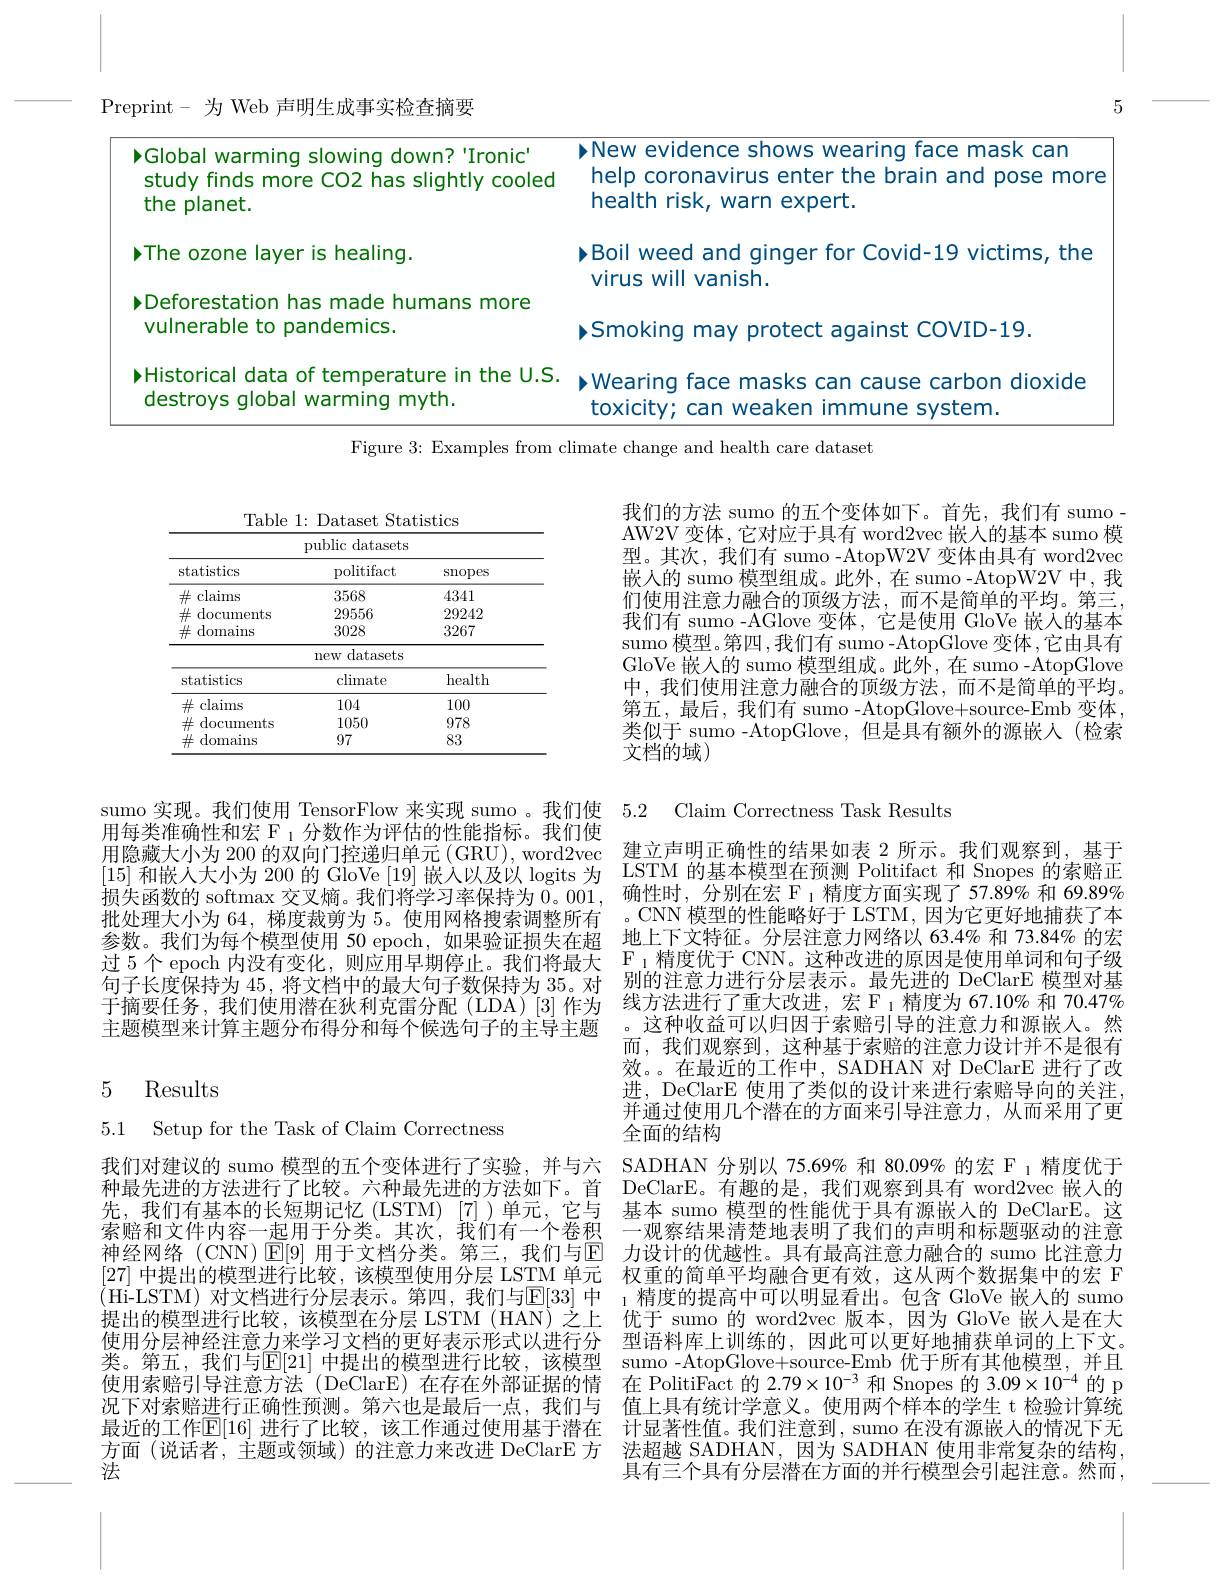
5

Preprint- 为 Web 声明生成事实检查摘要
<table>
	<tbody>
		<tr>
			<td>PGlobal warming slowing down? 'Ironic' study finds more CO2 has slightly cooled the planet.</td>
			<td>PNew evidence shows wearing face mask can help coronavirus enter the brain and pose more health risk, warn expert.</td>
		</tr>
		<tr>
			<td>>The ozone layer is healing.</td>
			<td>P Boil weed and ginger for Covid-19 victims, the virus will vanish</td>
		</tr>
		<tr>
			<td>Deforestation has made humans more vulnerable to pandemics.</td>
			<td>Smoking may protect against COVID-19.</td>
		</tr>
		<tr>
			<td>> Historical data of temperature in the U.S. destroys global warming myth.</td>
			<td>PWearing face masks can cause carbon dioxide toxicitv' can weaken inr mmune svstem</td>
		</tr>
	</tbody>
</table>
Figure 3: Examples from climate change and health care dataset

Table 1: Dataset Statistics
<table>
	<tbody>
		<tr>
			<th colspan="3">public datasets</th>
		</tr>
		<tr>
			<th>statistics</th>
			<th>politifact</th>
			<th>$\operatorname{snopes}$</th>
		</tr>
		<tr>
			<td>claims 井</td>
			<td>3568</td>
			<td>4341</td>
		</tr>
		<tr>
			<td>documents $\#$</td>
			<td>29556</td>
			<td>29242</td>
		</tr>
		<tr>
			<td>井 domains</td>
			<td>3028</td>
			<td>3267</td>
		</tr>
		<tr>
			<td> </td>
			<td>datasets $llew($</td>
			<td> </td>
		</tr>
		<tr>
			<td>statistics</td>
			<td>climate</td>
			<td>health</td>
		</tr>
		<tr>
			<td>claims 井</td>
			<td>104</td>
			<td>100</td>
		</tr>
		<tr>
			<td>$\#$ documents </td>
			<td>1050</td>
			<td>978</td>
		</tr>
		<tr>
			<td>$\#$ domains</td>
			<td>97</td>
			<td>83</td>
		</tr>
	</tbody>
</table>

用每类准确性和宏 F 1 分数作为评估的性能指标。我们使
用隐藏大小为 200 的双向门控递归单元 (GRU), word2vec 建立声明正确性的结果如表 2 所示。我们观察到，基于[15]和嵌人大小为 200 的 GloVe [19] 嵌人以及以 logits 为 LSTM 的基本模型在预测 Politifact 和 Snopes 的索赔正损失函数的 softmax 交叉熵。我们将学习率保持为0。001, 确性时，分别在宏 F $_{1}$精度方面实现了 57.89% 和 69.89% 批处理大小为 64, 梯度裁剪为 5。使用网格搜索调整所有 。CNN 模型的性能略好于 LSTM,因为它更好地捕获了本参数。我们为每个模型使用 50 epoch, 如果验证损失在超 地上下文特征。分层注意力网络以 63.4% 和 73.84% 的宏过 5个 epoch 内没有变化，则应用早期停止。我们将最大
句子长度保持为 45, 将文档中的最大句子数保持为 35。对 别的注意力进行分层表示。最先进的 DeClarE 模型对基
于摘要任务，我们使用潜在狄利克雷分配(LDA)[3]作为主题模型来计算主题分布得分和每个候选句子的主导主题

## 5 Results

5.1 Setup for the Task of Claim Correctness

索赔和文件内容一起用于分类。其次，我们有一个卷积最近的工作$\mathbb{E}[16]$ 进行了比较，该工作通过使用基于潜在方面(说话者，主题或领域)的注意力来改进 DeClarE 方法

我们的方法 sumo 的五个变体如下。首先，我们有 sumo . AW2V 变体，它对应于具有 word2vec 嵌人的基本 sumo 模型。其次，我们有 sumo-AtopW2V 变体由具有 word2vec 嵌入的 sumo 模型组成。此外，在 sumo-AtopW2V 中，我们使用注意力融合的顶级方法，而不是简单的平均。第三， 我们有 sumo -AGlove 变体，它是使用 GloVe 嵌人的基本sumo 模型。第四，我们有 sumo-AtopGlove 变体，它由具有GloVe 嵌人的 sumo 模型组成。此外，在 sumo-AtopGlove 中，我们使用注意力融合的顶级方法，而不是简单的平均。第五，最后，我们有 sumo -AtopGlove+source-Emb 变体， 类似于 sumo -AtopGlove, 但是具有额外的源嵌人 (检索文档的域)

sumo 实现。我们使用 TensorFlow 来实现 sumo 。我们使 5.2 Claim Correctness Task Results

并通过使用几个潜在的方面来引导注意力，从而采用了更
全面的结构

$\mathrm{F}_{1}$精度优于 CNN。这种改进的原因是使用单词和句子级线方法进行了重大改进，宏 F 1 精度为 67.10% 和 70.47% 。这种收益可以归因于索赔引导的注意力和源嵌人。然而，我们观察到，这种基于索赔的注意力设计并不是很有效。。在最近的工作中，SADHAN 对 DeClarE 进行了改进，DeClarE 使用了类似的设计来进行索赔导向的关注
我们对建议的 sumo 模型的五个变体进行了实验，并与六 SADHAN 分别以 75.69% 和 80.09% 的宏 F 1 精度优于种最先进的方法进行了比较。六种最先进的方法如下。首 DeClarE。有趣的是，我们观察到具有 word2vec 嵌人的先，我们有基本的长短期记忆(LSTM)[7])单元，它与 基本 sumo 模型的性能优于具有源嵌人的 DeClarE。这
一观察结果清楚地表明了我们的声明和标题驱动的注意
神经网络 (CNN) $\operatorname{E[9]}$ 用于文档分类。第三，我们与$\operatorname{E}$ 力设计的优越性。具有最高注意力融合的 sumo 比注意力[27]中提出的模型进行比较，该模型使用分层 LSTM 单元 权重的简单平均融合更有效，这从两个数据集中的宏 F (Hi-LSTM) 对文档进行分层表示。第四，我们与$\mathbb{E}[33]$ 中 1 精度的提高中可以明显看出。包含 GloVe 嵌人的 sumo 提出的模型进行比较，该模型在分层 LSTM (HAN)之上 优于 sumo 的 word2vec 版本，因为 GloVe 嵌人是在大使用分层神经注意力来学习文档的更好表示形式以进行分 型语料库上训练的，因此可以更好地捕获单词的上下文。类。第五，我们与$\mathbb{E}[21]$ 中提出的模型进行比较，该模型 sumo -AtopGlove+source-Emb 优于所有其他模型，并且使用索赔引导注意方法(DeClarE)在存在外部证据的情 在 PolitiFact 的$2.79\times10^{-3}$和 Snopes 的 3.09$\times10^{-4}$的 p 况下对索赔进行正确性预测。第六也是最后一点，我们与 值上具有统计学意义。使用两个样本的学生 t 检验计算统
计显著性值。我们注意到，sumo 在没有源嵌人的情况下无法超越 SADHAN,因为 SADHAN 使用非常复杂的结构， 具有三个具有分层潜在方面的并行模型会引起注意。然而，